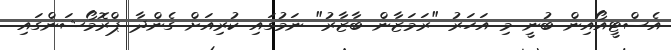
އެސްޓީއޯއިން ބުނީ މި އަހަރު "ރަމަޒާން ބާޒާރު" ނަމުގައި ކުރިއަށް ގެންދާ ޕްރޮމޯޝަންގައި